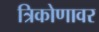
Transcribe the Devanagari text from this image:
त्रिकोणावर